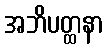
အဘိပတ္ထနာ